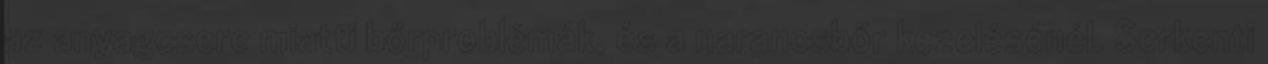
az anyagcsere miatti bőrproblémák, és a narancsbőr kezelésénél. Serkenti